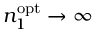
n _ { 1 } ^ { \mathrm { o p t } } \to \infty